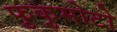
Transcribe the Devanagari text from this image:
फुकुमोटो